Leaving Certificate Examination (including Day School Certificate (Higher) General paper), 1938
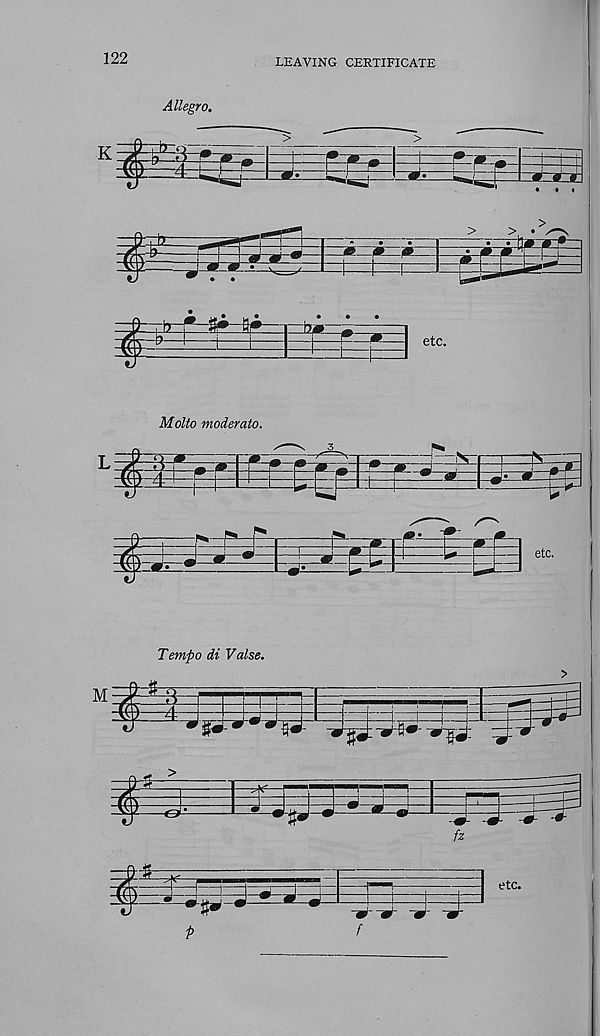
122
LEAVING CERTIFICATE
Allegro.
Molto moderate.
i
9
i—V
Tempo di Valse.